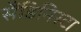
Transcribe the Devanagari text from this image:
सैंडिनिस्टा